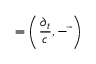
\mathbf { \partial } = \left( { \frac { \partial _ { t } } { c } } , - { \vec { \mathbf { \nabla } } } \right)